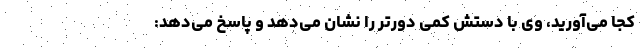
کجا می‌آورید، وی با دستش کمی دورتر را نشان می‌دهد و پاسخ می‌دهد: